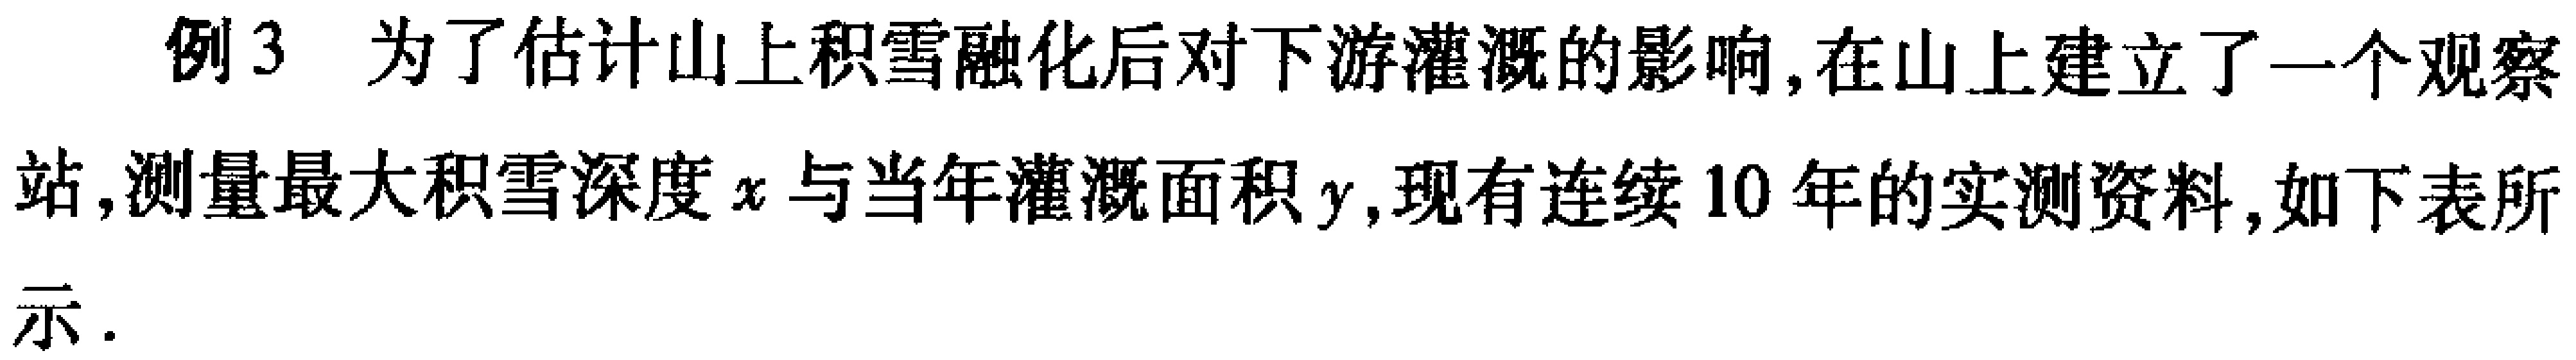
例3 为了估计山上积雪融化后对下游灌溉的影响,在山上建立了一个观察站,测量最大积雪深度\(x\)与当年灌溉面积\(y\),现有连续\(10\)年的实测资料,如下表所示.